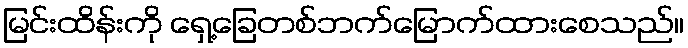
မြင်းထိန်းကို ရှေ့ခြေတစ်ဘက်မြောက်ထားစေသည်။